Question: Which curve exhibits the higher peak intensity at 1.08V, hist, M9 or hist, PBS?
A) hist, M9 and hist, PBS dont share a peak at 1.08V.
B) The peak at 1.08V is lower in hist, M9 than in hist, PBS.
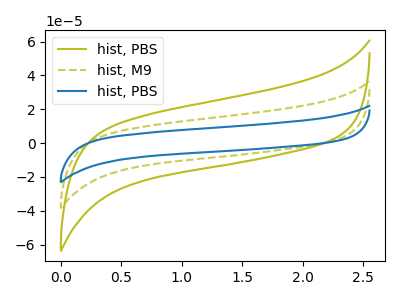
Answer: <think>The olive curve "hist, PBS" has no peaks. The olive dashed curve "hist, M9" has no peaks. The blue curve "hist, PBS" has no peaks.</think>
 <answer>A) "hist, M9" and "hist, PBS" dont share a peak at 1.08V.</answer>
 <eval>A</eval>